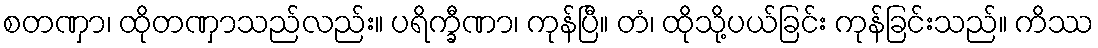
စတဏှာ၊ ထိုတဏှာသည်လည်း။ ပရိက္ခီဏာ၊ ကုန်ပြီ။ တံ၊ ထိုသို့ပယ်ခြင်း ကုန်ခြင်းသည်။ ကိဿ